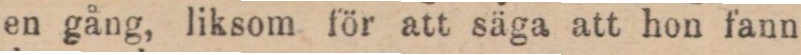
en gång, liksom för att säga att hon fann